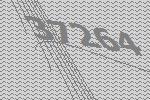
37264